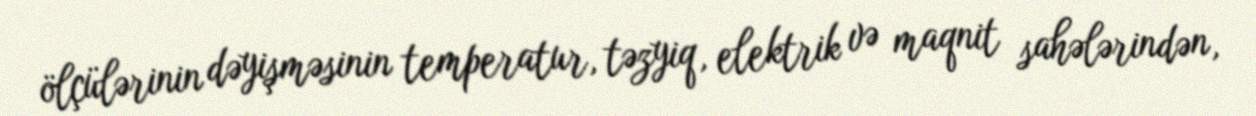
ölçülərinin dəyişməsinin temperatur, təzyiq, elektrik və maqnit sahələrindən,